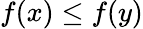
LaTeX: f\! \left(x\right)\leq f\! \left(y\right)